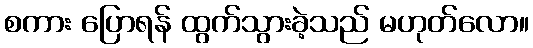
စကား ပြောရန် ထွက်သွားခဲ့သည် မဟုတ်လော။